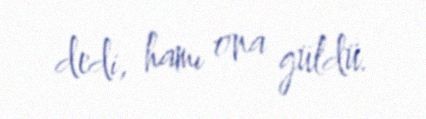
dedi, hamı ona güldü.